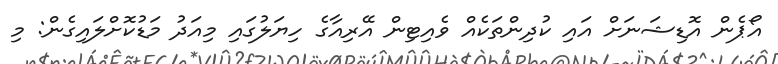
އޯޕެން އޮޑިޝަނަށް އައި ކުދިންތަކެއް ވެއިޓިން އޭރިއާގެ ހިޔަލުގައި މިއަދު މަޑުކޮށްލައިގެން: މި